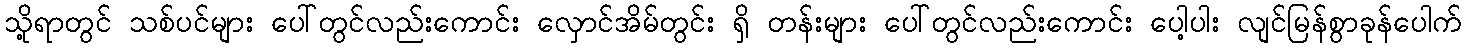
သို့ရာတွင် သစ်ပင်များ ပေါ်တွင်လည်းကောင်း လှောင်အိမ်တွင်း ရှိ တန်းများ ပေါ်တွင်လည်းကောင်း ပေါ့ပါး လျင်မြန်စွာခုန်ပေါက်